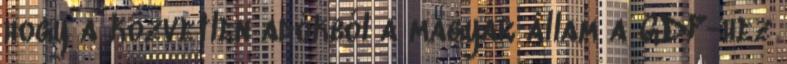
hogy a közvetlen adókból a magyar állam a GDP-hez